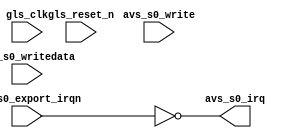
module irqn (/*AUTOARG*/
   // Outputs
   avs_s0_irq,
   // Inputs
   avs_s0_export_irqn, gls_clk, gls_reset_n, avs_s0_write,
   avs_s0_writedata
   );
   input avs_s0_export_irqn;
   input gls_clk;   
   input gls_reset_n;   
   input avs_s0_write;
   input [0:0] avs_s0_writedata;
   output avs_s0_irq;

   assign avs_s0_irq = ~avs_s0_export_irqn;

endmodule